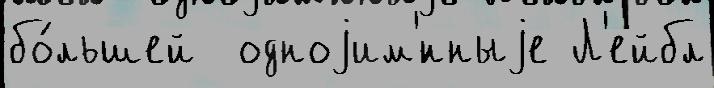
бо́льшей  одноjим'́нныjе Л'ейбл